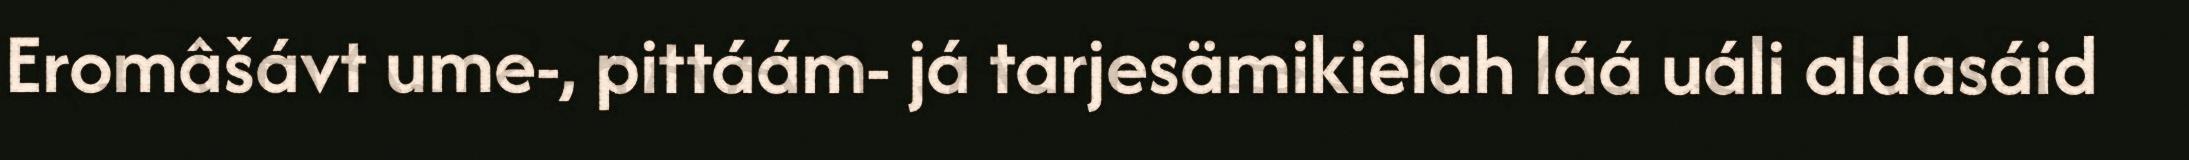
Eromâšávt ume-, pittáám- já tarjesämikielah láá uáli aldasáid